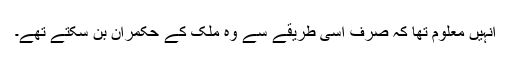
انہیں معلوم تھا کہ صرف اسی طریقے سے وہ ملک کے حکمران بن سکتے تھے۔